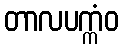
တာလပက္ကံဝ